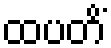
ထပတိံ